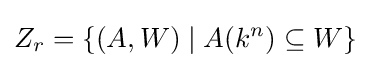
Z_{r}=\{(A,W)\mid A(k^{n})\subseteq W\}